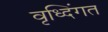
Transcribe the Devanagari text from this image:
वृध्दिंगत